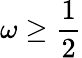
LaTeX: \omega\ge\frac{1}{2}